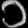
Digit: ၁